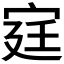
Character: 𫳋